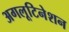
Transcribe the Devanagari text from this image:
अगलूटिनेशन